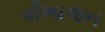
વીભાજન